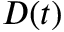
D ( t )